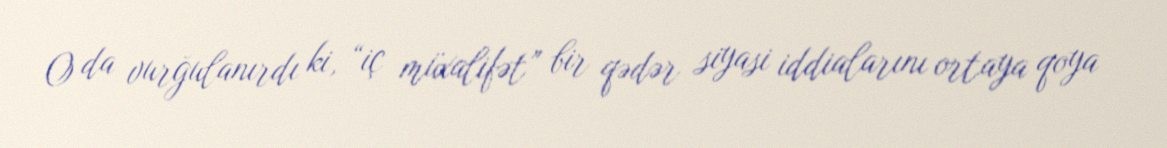
O da vurğulanırdı ki, “iç müxalifət” bir qədər siyasi iddialarını ortaya qoya